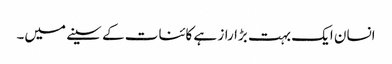
انسان ایک بہت بڑا راز ہے کائنات کے سینے میں۔